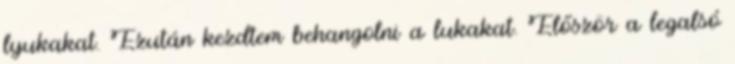
lyukakat. Ezután kezdtem behangolni a lukakat. Először a legalsó